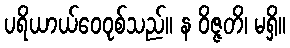
ပရိယာယ်ဝေဝုစ်သည်။ န ဝိဇ္ဇတိ၊ မရှိ။